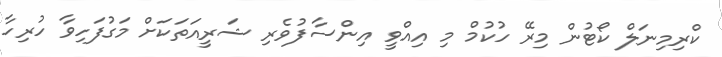
ކްރިމިނަލް ކޯޓުން މިރޭ ހުކުމް މި އިއްވީ އިންސާފުވެރި ޝަރީއަތަކަށް މަގުފަހިވާ ހުރިހާ